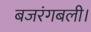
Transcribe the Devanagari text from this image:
बजरंगबली।